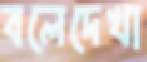
বলেদেখা